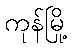
ကုန်မြို့